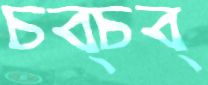
চব্‌চব্‌